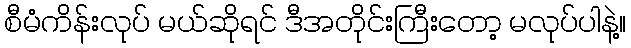
စီမံကိန်းလုပ် မယ်ဆိုရင် ဒီအတိုင်းကြီးတော့ မလုပ်ပါနဲ့။